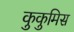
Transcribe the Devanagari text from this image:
कुकुमिस